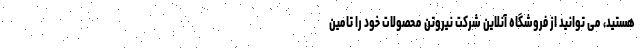
هستید، می توانید از فروشگاه آنلاین شرکت نیروتن محصولات خود را تامین